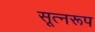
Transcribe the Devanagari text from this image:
सूत्नरूप